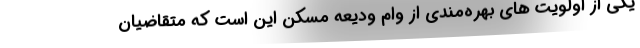
یکی از اولویت های بهره‌مندی از وام ودیعه مسکن این است که متقاضیان